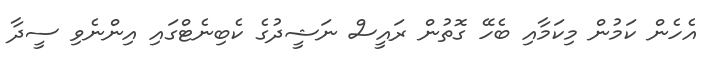
އެހެން ކަމުން މިކަމާއި ބެހޭ ގޮތުން ރައީސް ނަޝީދުގެ ކެބިނެޓްގައި އިންނެވި ސީދާ